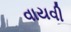
વાયવી